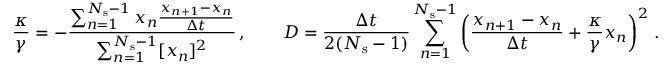
\frac { \kappa } { \gamma } = - \frac { \sum _ { n = 1 } ^ { N _ { \mathrm { s } } - 1 } x _ { n } \frac { x _ { n + 1 } - x _ { n } } { \Delta t } } { \sum _ { n = 1 } ^ { N _ { \mathrm { s } } - 1 } [ x _ { n } ] ^ { 2 } } \, , \quad \quad D = \frac { \Delta t } { 2 ( N _ { \mathrm { s } } - 1 ) } \sum _ { n = 1 } ^ { N _ { \mathrm { s } } - 1 } \left( \frac { x _ { n + 1 } - { x _ { n } } } { \Delta t } + \frac { \kappa } { \gamma } x _ { n } \right) ^ { 2 } \, .